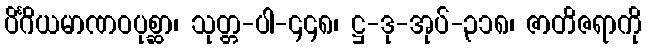
ပိင်္ဂိယမာဏဝပုစ္ဆာ၊ သုတ္တ-ပါ-၄၄၈၊ ဋ္ဌ-ဒု-အုပ်-၃၁၈၊ ဇာတိဇရာကို